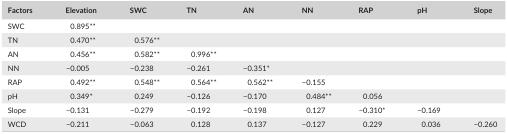
<table><thead><tr><td><b>Factors</b></td><td><b>Elevation</b></td><td><b>SWC</b></td><td><b>TN</b></td><td><b>AN</b></td><td><b>NN</b></td><td><b>RAP</b></td><td><b>pH</b></td><td><b>Slope</b></td></tr></thead><tbody><tr><td>SWC</td><td>0.895**</td><td>[EMPTY_CELL]</td><td>[EMPTY_CELL]</td><td>[EMPTY_CELL]</td><td>[EMPTY_CELL]</td><td>[EMPTY_CELL]</td><td>[EMPTY_CELL]</td><td>[EMPTY_CELL]</td></tr><tr><td>TN</td><td>0.470**</td><td>0.576**</td><td>[EMPTY_CELL]</td><td>[EMPTY_CELL]</td><td>[EMPTY_CELL]</td><td>[EMPTY_CELL]</td><td>[EMPTY_CELL]</td><td>[EMPTY_CELL]</td></tr><tr><td>AN</td><td>0.456**</td><td>0.582**</td><td>0.996**</td><td>[EMPTY_CELL]</td><td>[EMPTY_CELL]</td><td>[EMPTY_CELL]</td><td>[EMPTY_CELL]</td><td>[EMPTY_CELL]</td></tr><tr><td>NN</td><td>−0.005</td><td>−0.238</td><td>−0.261</td><td>−0.351*</td><td>[EMPTY_CELL]</td><td>[EMPTY_CELL]</td><td>[EMPTY_CELL]</td><td>[EMPTY_CELL]</td></tr><tr><td>RAP</td><td>0.492**</td><td>0.548**</td><td>0.564**</td><td>0.562**</td><td>−0.155</td><td>[EMPTY_CELL]</td><td>[EMPTY_CELL]</td><td>[EMPTY_CELL]</td></tr><tr><td>pH</td><td>0.349*</td><td>0.249</td><td>−0.126</td><td>−0.170</td><td>0.484**</td><td>0.056</td><td>[EMPTY_CELL]</td><td>[EMPTY_CELL]</td></tr><tr><td>Slope</td><td>−0.131</td><td>−0.279</td><td>−0.192</td><td>−0.198</td><td>0.127</td><td>−0.310*</td><td>−0.169</td><td>[EMPTY_CELL]</td></tr><tr><td>WCD</td><td>−0.211</td><td>−0.063</td><td>0.128</td><td>0.137</td><td>−0.127</td><td>0.229</td><td>0.036</td><td>−0.260</td></tr></tbody></table>